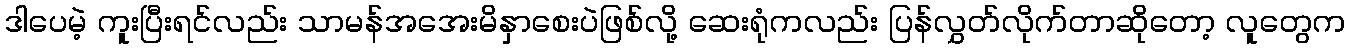
ဒါပေမဲ့ ကူးပြီးရင်လည်း သာမန်အအေးမိနှာစေးပဲဖြစ်လို့ ဆေးရုံကလည်း ပြန်လွှတ်လိုက်တာဆိုတော့ လူတွေက